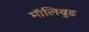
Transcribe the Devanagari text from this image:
मॉलिवुड